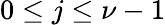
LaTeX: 0\leq j\leq\nu-1